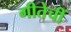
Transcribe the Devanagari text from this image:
गीतेचीं